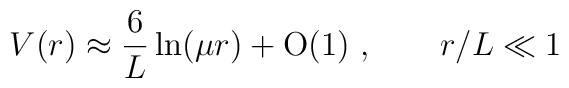
V(r) \approx \frac{6}{L} \ln (\mu r)+ \mbox{O}(1)\ , \qquad r/L \ll 1